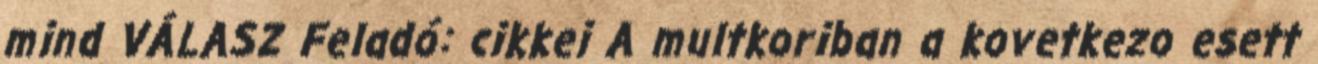
mind VÁLASZ Feladó: cikkei A multkoriban a kovetkezo esett